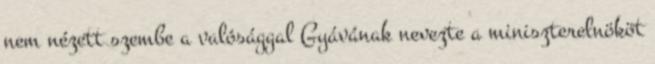
nem nézett szembe a valósággal Gyávának nevezte a miniszterelnököt